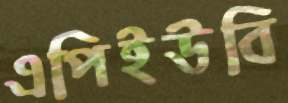
এপিইউবি